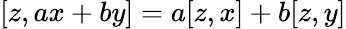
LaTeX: [z,ax+by]=a[z,x]+b[z,y]